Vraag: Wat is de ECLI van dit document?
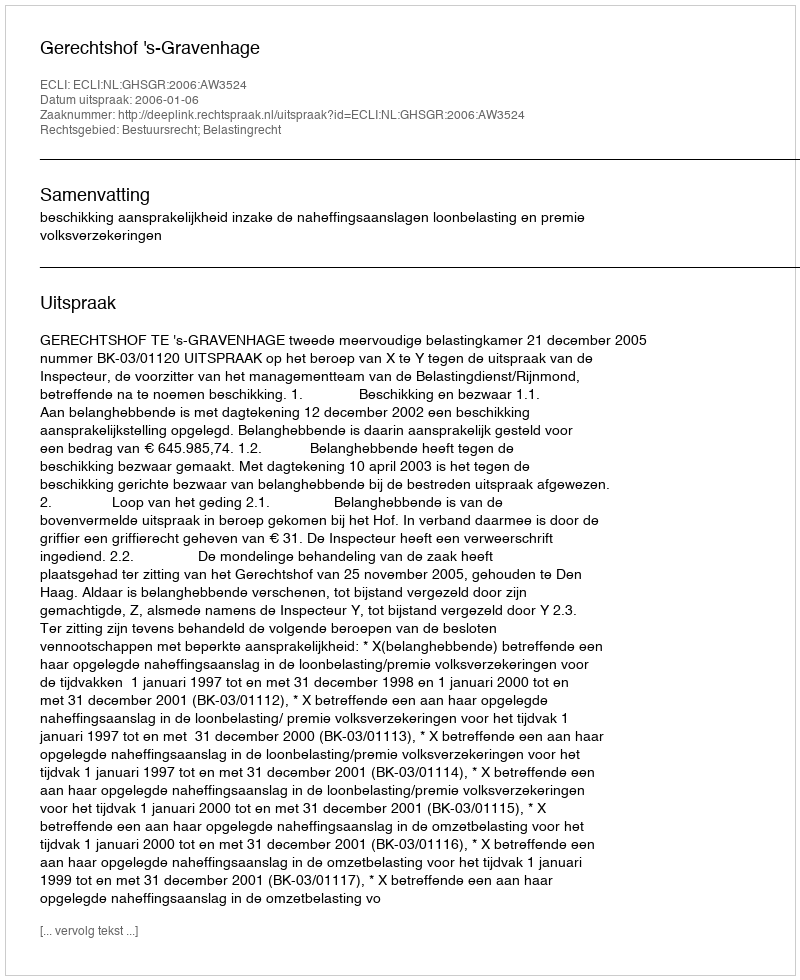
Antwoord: ECLI:NL:GHSGR:2006:AW3524